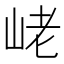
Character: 峔